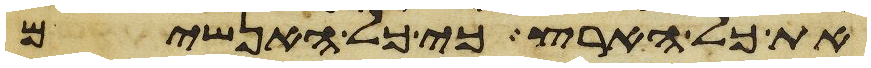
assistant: את כל הארץ כי כל האנשים